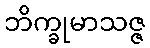
ဘိက္ခုမာသဇ္ဇ